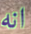
انه